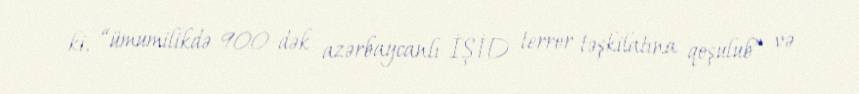
ki, “ümumilikdə 900-dək azərbaycanlı İŞİD terror təşkilatına qoşulub” və